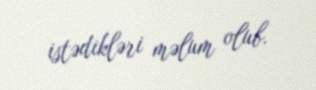
istədikləri məlum olub.